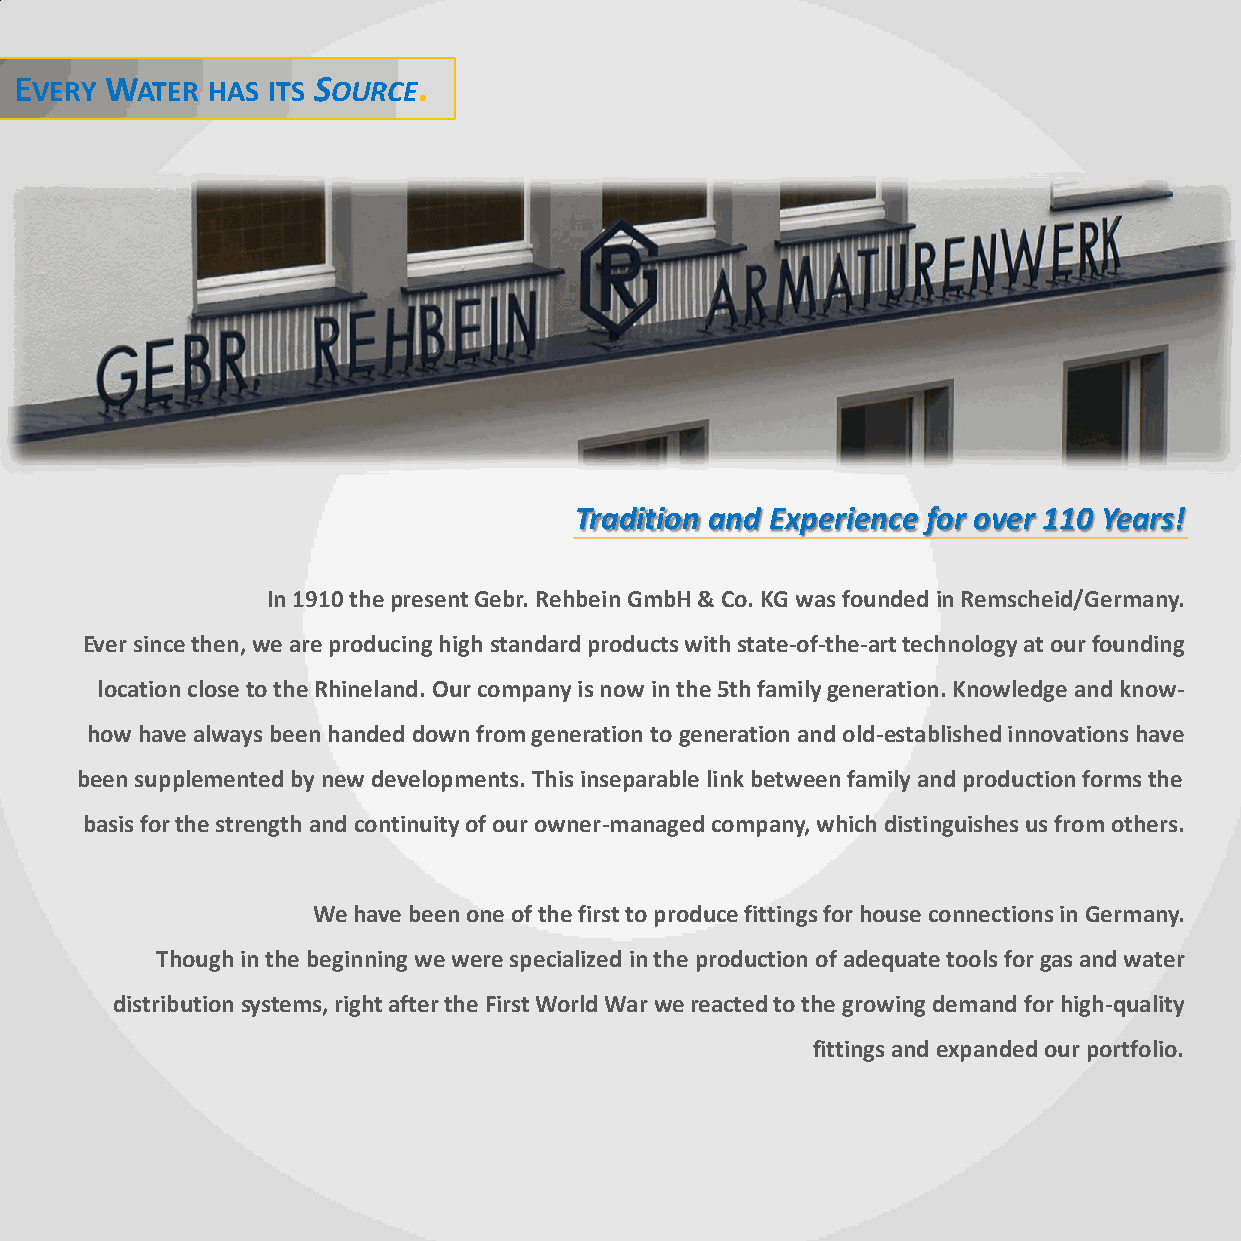
EVERY WATER  HAS ITS SOURCE.
 Tradition and Experience for over 110 Years!
 In 1910 the present Gebr. Rehbein GmbH & Co. KG was founded in Remscheid/Germany.
 Ever since then, we are producing high standard products with state-of-the-art technology at our founding
 location close to the Rhineland. Our company is now in the 5th family generation. Knowledge and know-
 how have always been handed down from generation to generation and old-established innovations have
 been supplemented by new developments. This inseparable link between family and production forms the
 basis for the strength and continuity of our owner-managed company, which distinguishes us from others.
 We have been one of the first to produce fittings for house connections in Germany.
 Though in the beginning we were specialized in the production of adequate tools for gas and water
 distribution systems, right after the First World War we reacted to the growing demand for high-quality
 fittings and expanded our portfolio.